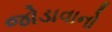
જોડાવાનો